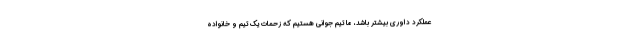
عملکرد داوری بیشتر باشد، ما تیم جوانی هستیم که زحمات یک تیم و خانواده